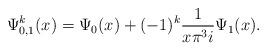
LaTeX: \begin{align*}\Psi_{0,1}^k(x) = \Psi_0(x) + (-1)^k \frac{1}{x \pi^3 i}\Psi_1(x).\end{align*}